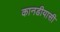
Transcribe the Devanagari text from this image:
कानडीयासी